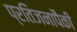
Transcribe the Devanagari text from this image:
प्रतिजनापैकी